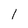
Character: I